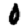
Digit: 0